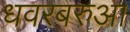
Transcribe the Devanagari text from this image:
धवरबरुआ